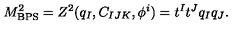
M _ { \mathrm { B P S } } ^ { 2 } = Z ^ { 2 } ( q _ { I } , C _ { I J K } , \phi ^ { i } ) = t ^ { I } t ^ { J } q _ { I } q _ { J } .